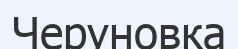
Черуновка